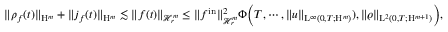
\begin{array} { r } { \Vert \rho _ { f } ( t ) \Vert _ { \mathrm { H } ^ { m } } + \Vert j _ { f } ( t ) \Vert _ { \mathrm { H } ^ { m } } \lesssim \Vert f ( t ) \Vert _ { \mathcal { H } _ { r } ^ { m } } \leq \Vert f ^ { \mathrm { i n } } \Vert _ { \mathcal { H } _ { r } ^ { m } } ^ { 2 } \Phi \Big ( T , \cdots , \Vert u \Vert _ { \mathrm { L } ^ { \infty } ( 0 , T ; \mathrm { H } ^ { m } ) } ) , \Vert \varrho \Vert _ { \mathrm { L } ^ { 2 } ( 0 , T ; \mathrm { H } ^ { m + 1 } ) } \Big ) , } \end{array}